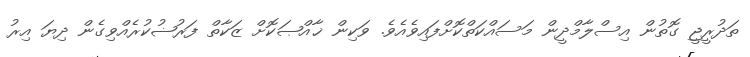
ތަދުރީޖީ ގޮތުން އިސްލާމްދީން މަސައްކަތްކޮށްފައިވެއެވެ. ވަކިން ޚާއްޞަކޮށް ޒަކާތް ފަރުޟުކުރެއްވިގެން ދިޔަ އިރު